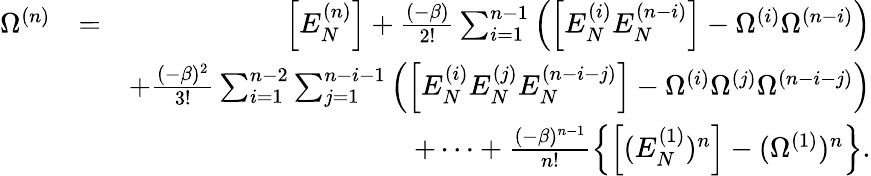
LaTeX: \begin{array}{rlr}{\Omega^{(n)}}&{=}&{\Big[E_{N}^{(n)}\Big]+\frac{(-\beta)}{2!}\sum_{i=1}^{n-1}\left(\Big[E_{N}^{(i)}E_{N}^{(n-i)}\Big]-\Omega^{(i)}\Omega^{(n-i)}\right)}\\ &{}&{+\frac{(-\beta)^{2}}{3!}\sum_{i=1}^{n-2}\sum_{j=1}^{n-i-1}\left(\Big[E_{N}^{(i)}E_{N}^{(j)}E_{N}^{(n-i-j)}\Big]-\Omega^{(i)}\Omega^{(j)}\Omega^{(n-i-j)}\right)}\\ &{}&{+\cdots+\frac{(-\beta)^{n-1}}{n!}\left\{ \Big[(E_{N}^{(1)})^{n}\Big]-(\Omega^{(1)})^{n}\right\} .}\end{array}